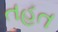
તહત